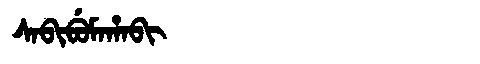
Manchu: ᠰᠠᠪᡳᠪᡠᠮᠠᡥᠠᠪᡳ
Romanization: SABIBUMAHABI